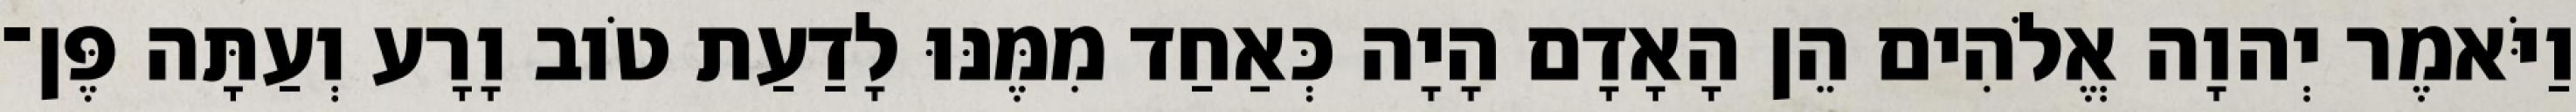
וַיֹּאמֶר יְהוָה אֱלֹהִים הֵן הָאָדָם הָיָה כְּאַחַד מִמֶּנּוּ לָדַעַת טֹוב וָרָע וְעַתָּה פֶּן־